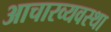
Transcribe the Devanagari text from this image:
आचारव्यवस्था